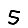
Digit: 5